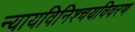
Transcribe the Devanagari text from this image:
न्यायविनिश्चयविवरण